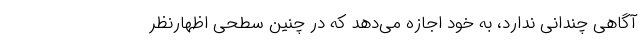
آگاهی چندانی ندارد، به خود اجازه می‌‌دهد که در چنین سطحی اظهارنظر